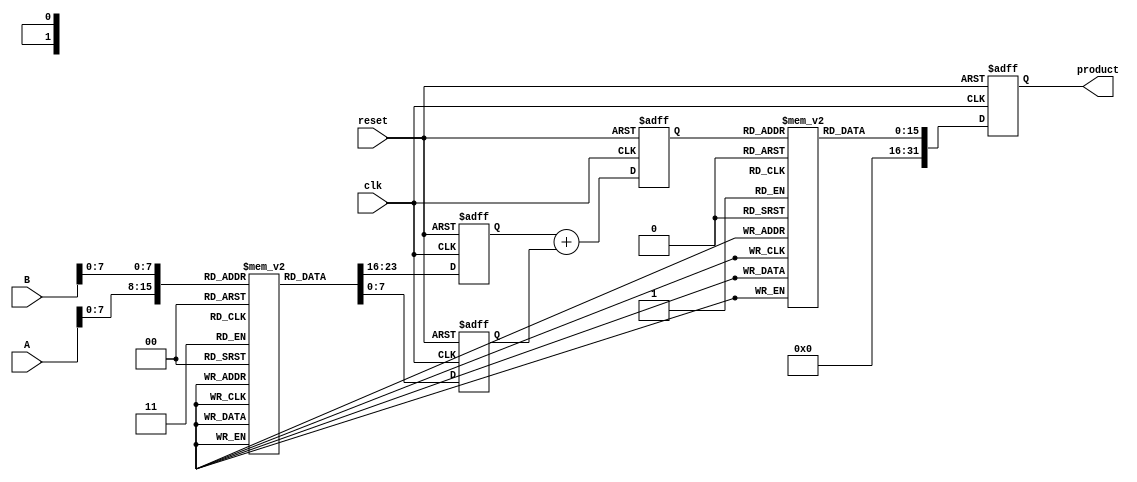
module LogarithmicMultiplier(
    input [15:0] A, // 16-bit fixed-point input A
    input [15:0] B, // 16-bit fixed-point input B
    output reg [31:0] product, // 32-bit output for the product
    input clk,
    input reset
);

    // LUT for natural logarithm (ln) and exponential (exp)
    reg [15:0] ln_lut [0:255]; // 256-entry LUT for ln
    reg [15:0] exp_lut [0:255]; // 256-entry LUT for exp

    // Initialize the LUTs
    initial begin
        // Initialize ln_lut with appropriate values for fixed-point representation
        // ln_lut[0] = 0; // ln(1) = 0
        // More values need to be filled based on the desired scaling.
        
        // Initialize exp_lut with appropriate values for fixed-point representation
        // exp_lut[0] = 0; // exp(0) = 1
        // More values need to be filled based on the desired scaling.
    end

    reg [15:0] ln_A;
    reg [15:0] ln_B;
    reg [15:0] sum_ln;

    // Logarithm calculation
    always @(posedge clk or posedge reset) begin
        if (reset) begin
            ln_A <= 0;
            ln_B <= 0;
            sum_ln <= 0;
            product <= 0;
        end else begin
            // Lookup ln(A) and ln(B) - simplistically assuming A, B are in [0, 255]
            ln_A <= ln_lut[A[7:0]]; // Assuming lower 8 bits for LUT index
            ln_B <= ln_lut[B[7:0]]; // Assuming lower 8 bits for LUT index

            // Addition of logarithmic values
            sum_ln <= ln_A + ln_B;

            // Exponential calculation
            product <= exp_lut[sum_ln[7:0]]; // Assuming lower 8 bits for LUT index
        end
    end

endmodule